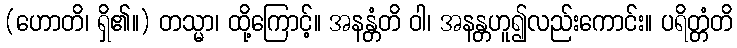
(ဟောတိ၊ ရှိ၏။) တသ္မာ၊ ထို့ကြောင့်။ အနန္တံတိ ဝါ၊ အနန္တဟူ၍လည်းကောင်း။ ပရိတ္တံတိ